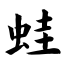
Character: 蛙